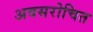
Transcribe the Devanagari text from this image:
अवसरोचित